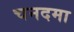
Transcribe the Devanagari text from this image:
चनदमा